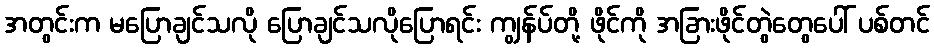
အတွင်းက မပြောချင်သလို ပြောချင်သလိုပြောရင်း ကျွန်ပ်တို့ ဖိုင်ကို အခြားဖိုင်တွဲတွေပေါ် ပစ်တင်